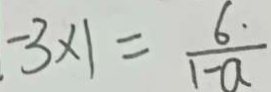
- 3 \times 1 = \frac { 6 \cdot } { 1 - a }